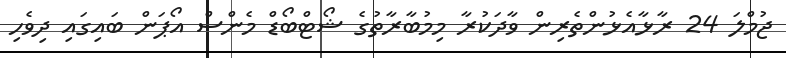
ޖުމްލަ 24 ރާޅާއެޅުންތެރިން ވާދަކުރާ މިމުބާރާތުގެ ޝޯޓްބޯޑް މެންސް އޯޕަން ބައިގައި ދިވެހި